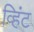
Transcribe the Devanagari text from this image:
व्हिंट